Madras plague regulations and rules - Volume 2
Disease focus: Plague
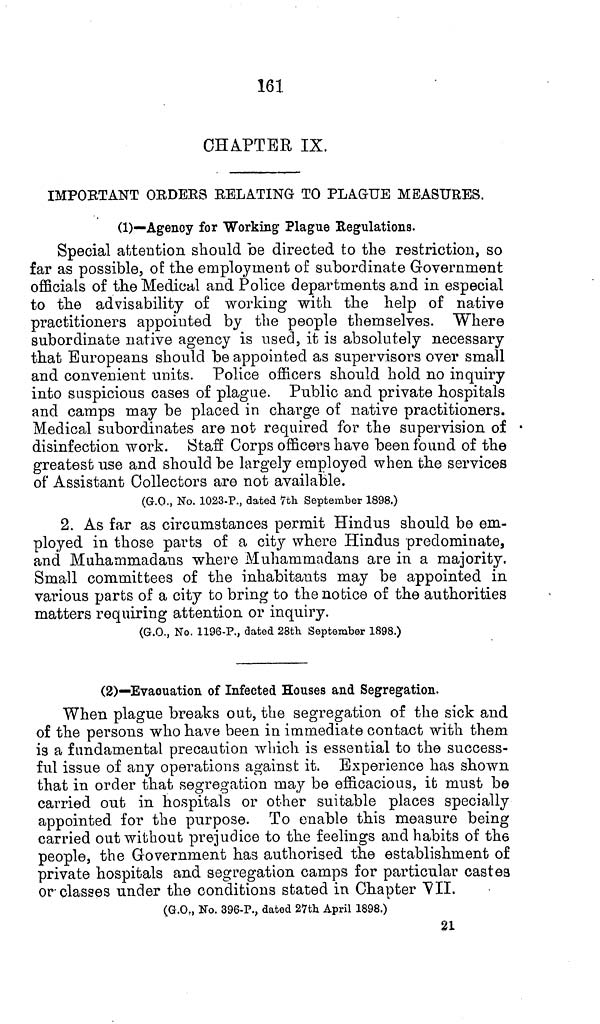
161
CHAPTER IX.
IMPORTANT ORDERS RELATING TO PLAGUE MEASURES.
(1)—Agency for Working Plague Regulations.
Special attention should be directed to the restriction, so
far as possible, of the employment of subordinate Government
officials of the Medical and Police departments and in especial
to the advisability of working with the help of native
practitioners appointed by the people themselves. Where
subordinate native agency is used, it is absolutely necessary
that Europeans should be appointed as supervisors over small
and convenient units. Police officers should hold no inquiry
into suspicious cases of plague. Public and private hospitals
and camps may be placed in charge of native practitioners.
Medical subordinates are not required for the supervision of
disinfection work. Staff Corps officers have been found of the
greatest use and should be largely employed when the services
of Assistant Collectors are not available.
(G.O., No. 1023-P., dated 7th September 1898.)
2. As far as circumstances permit Hindus should be em-
ployed in those parts of a city where Hindus predominate,
and Muhammadans where Muhammadans are in a majority.
Small committees of the inhabitants may be appointed in
various parts of a city to bring to the notice of the authorities
matters requiring attention or inquiry.
(G.O., No. 1196-P., dated 28th September 1898.)
(2)—Evacuation of Infected Houses and Segregation.
When plague breaks out, the segregation of the sick and
of the persons who have been in immediate contact with them
is a fundamental precaution which is essential to the success-
ful issue of any operations against it. Experience has shown
that in order that segregation may be efficacious, it must be
carried out in hospitals or other suitable places specially
appointed for the purpose. To enable this measure being
carried out without prejudice to the feelings and habits of the
people, the Government has authorised the establishment of
private hospitals and segregation camps for particular castes
or classes under the conditions stated in Chapter VII.
(G.O., No. 396-P., dated 27th April 1898.)
21